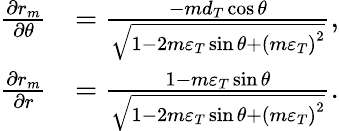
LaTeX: \begin{array}{rl}{\frac{{\partial{r_{m}}}}{{\partial\theta}}}&{=\frac{{-m{d_{T}}\cos\theta}}{{\sqrt{1-2m{\varepsilon_{T}}\sin\theta+{{(m{\varepsilon_{T}})}^{2}}}}},}\\ {\frac{{\partial{r_{m}}}}{{\partial r}}}&{=\frac{{1-m{\varepsilon_{T}}\sin\theta}}{{\sqrt{1-2m{\varepsilon_{T}}\sin\theta+{{(m{\varepsilon_{T}})}^{2}}}}}.}\end{array}